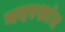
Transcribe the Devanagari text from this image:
मदरशांत